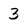
Character: 3